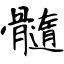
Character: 髓